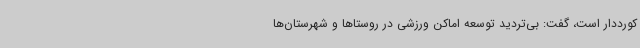
کورددار است، گفت: بی‌تردید توسعه اماکن ورزشی در روستاها و شهرستان‌ها